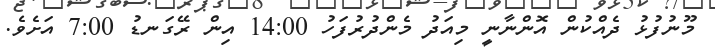
މޫނުފުޅު ދެއްކުން އޮންނާނީ މިއަދު މެންދުރުފަހު 14:00 އިން ރޭގަނޑު 7:00 އަށެވެ.